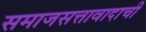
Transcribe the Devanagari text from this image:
समाजसत्तावादाची